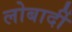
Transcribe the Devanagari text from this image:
लोबार्दी